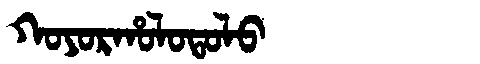
Manchu: ᡴᠣᠶᠣᡵᡥᠣᠯᠣᡨᠣᠯᠣ
Romanization: KOYORHOLOTOLO